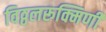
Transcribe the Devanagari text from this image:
विठ्ठलरूक्मिणी